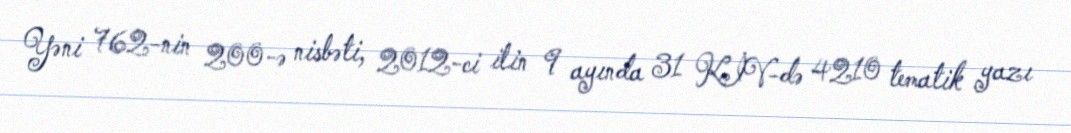
Yəni 762-nin 200-ə nisbəti, 2012-ci ilin 9 ayında 31 KİV-də 4210 tematik yazı